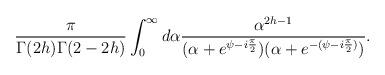
LaTeX: \begin{align*}\frac{\pi}{\Gamma(2h) \Gamma(2-2h)} \int_0^\infty d \alpha \frac{\alpha^{2h-1}}{ (\alpha+e^{\psi-i \frac{\pi}{2}}) (\alpha+e^{-(\psi-i \frac{\pi}{2})}) }.\end{align*}